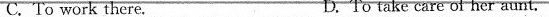
C.To work there. D.To take care of her aunt.